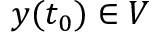
y ( t _ { 0 } ) \in V